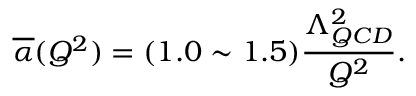
\overline { { { \alpha } } } ( Q ^ { 2 } ) = ( 1 . 0 \sim 1 . 5 ) { \frac { \Lambda _ { Q C D } ^ { 2 } } { Q ^ { 2 } } } .